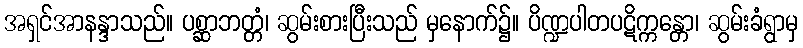
အရှင်အာနန္ဒာသည်။ ပစ္ဆာဘတ္တံ၊ ဆွမ်းစားပြီးသည် မှနောက်၌။ ပိဏ္ဍပါတပဋိက္ကန္တော၊ ဆွမ်းခံရွာမှ